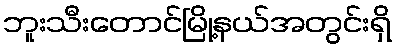
ဘူးသီးတောင်မြို့နယ်အတွင်းရှိ